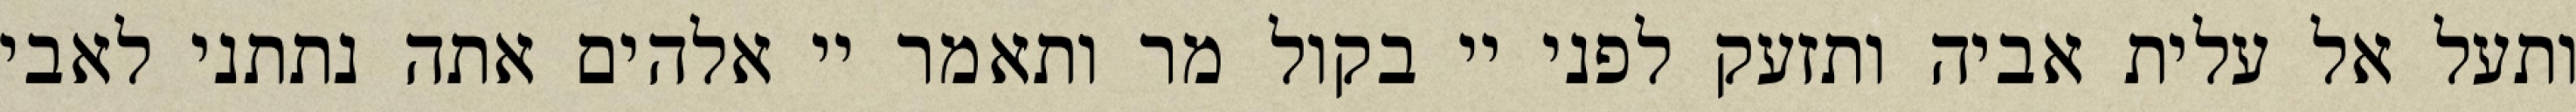
ותעל אל עלית אביה ותזעק לפני יי בקול מר ותאמר יי אלהים אתה נתתני לאבי